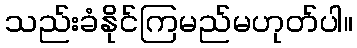
သည်းခံနိုင်ကြမည်မဟုတ်ပါ။